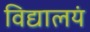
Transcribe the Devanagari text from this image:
विद्यालयं